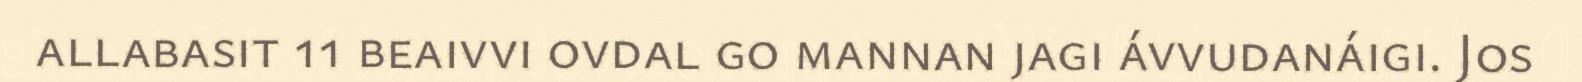
allabasit 11 beaivvi ovdal go mannan jagi ávvudanáigi. Jos